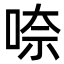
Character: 㖠